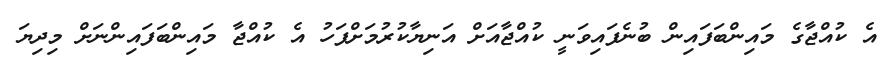
އެ ކުއްޖާގެ މައިންބަފައިން ބުނެފައިވަނީ ކުއްޖާއަށް އަނިޔާކުރުމަށްފަހު އެ ކުއްޖާ މައިންބަފައިންނަށް މިދިޔަ